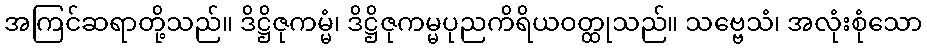
အကြင်ဆရာတို့သည်။ ဒိဋ္ဌိဇုကမ္မံ၊ ဒိဋ္ဌိဇုကမ္မပုညကိရိယဝတ္ထုသည်။ သဗ္ဗေသံ၊ အလုံးစုံသော